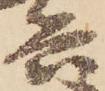
兵